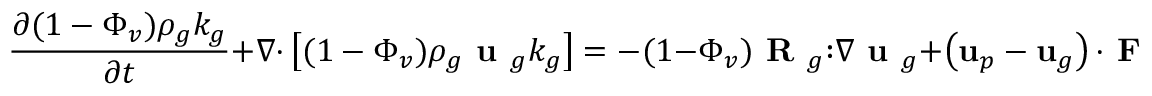
\frac { \partial ( 1 - \Phi _ { v } ) \rho _ { g } k _ { g } } { \partial t } + \nabla \mathbf { \cdot } \left[ ( 1 - \Phi _ { v } ) \rho _ { g } \textbf { u } _ { g } k _ { g } \right] = - ( 1 - \Phi _ { v } ) \textbf { R } _ { g } \mathbf { : } \nabla \textbf { u } _ { g } + \left( \mathbf { u } _ { p } - \mathbf { u } _ { g } \right) \mathbf { \cdot } \textbf { F } _ { p } - ( 1 - \Phi _ { v } ) \rho _ { g } \varepsilon _ { \mathrm { p t } } .